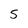
Character: 5